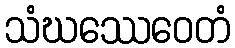
သံဃဿေဝေတံ